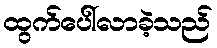
ထွက်ပေါ်လာခဲ့သည်